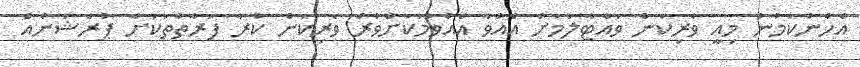
އެހެންކަމުން މިއީ ވެރިކަން ވައްޓާލުމަށް އެއްވާ އެއްވުމަކަށްވުރެ ވެރިކަން ކުރާ ފަރާތްތަކަށް ޕުރެޝަނެއް